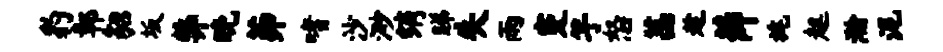
豹鄣貂坂弊晚茆嗜沙渺绡睇失雨蹇竽怒茜趁薛旄趄瀚泥